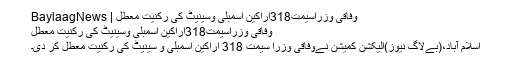
وفاقی وزراسیمت318اراکین اسمبلی وسینیٹ کی رکنیت معطل | BaylaagNews
وفاقی وزراسیمت318اراکین اسمبلی وسینیٹ کی رکنیت معطل
اسلام آباد،(بےلاگ نیوز)الیکشن کمیشن نےوفاقی وزرا سیمت 318 اراکین اسمبلی و سینیٹ کی رکنیت معطل کر دی۔